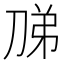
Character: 𭃦